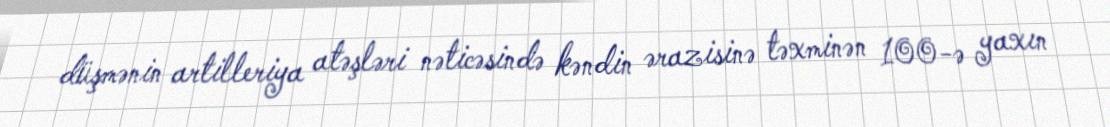
düşmənin artilleriya atəşləri nəticəsində kəndin ərazisinə təxminən 100-ə yaxın